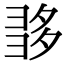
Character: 𡖩